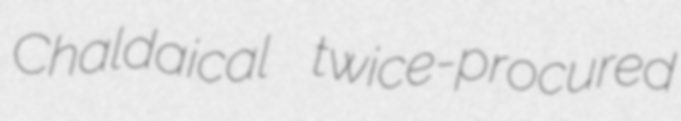
Chaldaical twice-procured